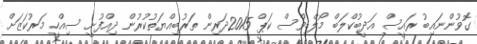
ގޮވުންނައިބު ރައީސް އަދީބުކްލަބް މޯލްޑިވްސް ކަޕް 2015ދަރިން ތަރުބިއްޔަތުކުރުން ދިއްފުށީ ސިއްހީ މަރުކަޒަށް